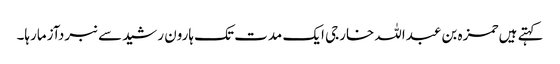
کہتے ہیں حمزہ بن عبداللہ خارجی ایک مدت تک ہارون رشیدسے نبردآزمارہا۔